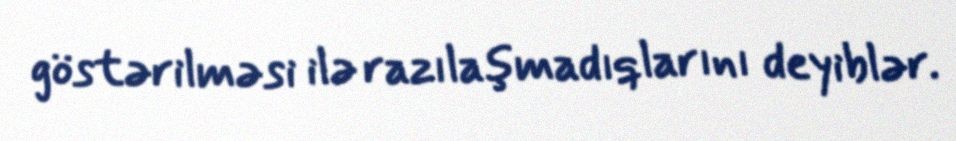
göstərilməsi ilə razılaşmadıqlarını deyiblər.